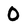
Character: 0